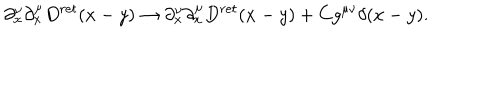
LaTeX: \partial _ { x } ^ { \nu } \partial _ { x } ^ { \mu } D ^ { r e t } ( x - y ) \rightarrow \partial _ { x } ^ { \nu } \partial _ { x } ^ { \mu } D ^ { r e t } ( x - y ) + C g ^ { \mu \nu } \delta ( x - y ) .